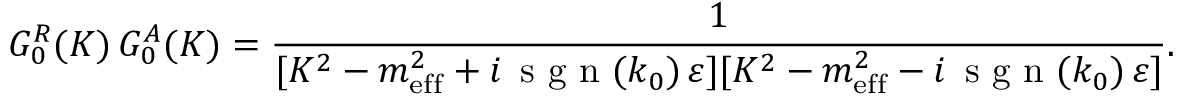
G _ { 0 } ^ { R } ( K ) \, G _ { 0 } ^ { A } ( K ) = \frac { 1 } { [ K ^ { 2 } - m _ { \mathrm { e f f } } ^ { 2 } + i \, \textrm { s g n } ( k _ { 0 } ) \, \varepsilon ] [ K ^ { 2 } - m _ { \mathrm { e f f } } ^ { 2 } - i \, \textrm { s g n } ( k _ { 0 } ) \, \varepsilon ] } .